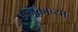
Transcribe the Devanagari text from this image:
मेनकाच्या